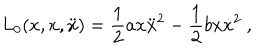
LaTeX: L _ { 0 } ( x , \dot { x } , \ddot { x } ) = \frac { 1 } { 2 } a x \ddot { x } ^ { 2 } - \frac { 1 } { 2 } b x \dot { x } ^ { 2 } \ ,